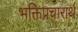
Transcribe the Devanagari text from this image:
भक्तिप्रचारार्थ